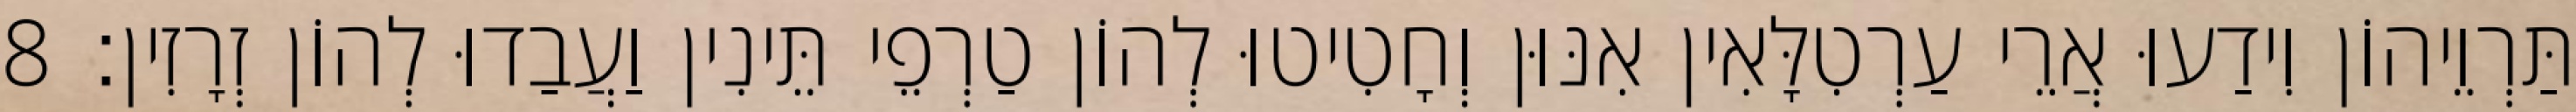
תַּרְוֵיהוֹן וִידַעוּ אֲרֵי עַרְטִלָּאִין אִנּוּן וְחָטִיטוּ לְהוֹן טַרְפֵי תֵּינִין וַעֲבַדוּ לְהוֹן זְרָזִין׃ 8